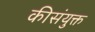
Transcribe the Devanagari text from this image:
कीसंयुक्त